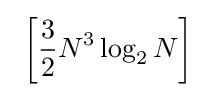
~\left[{\frac {3}{2}}N^{3}\log _{2}N\right]~